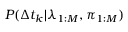
P ( \Delta t _ { k } | \lambda _ { 1 : M } , \pi _ { 1 : M } )